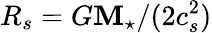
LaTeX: R_{s}=G\mathbf{M}_{\star}/(2c_{s}^{2})